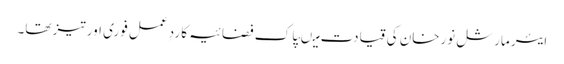
ایئر مارشل نورخان کی قیادت میںپاک فضائیہ کا ردِ عمل فوری اور تیز تھا۔